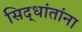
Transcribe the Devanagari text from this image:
सिद्धांतांना